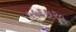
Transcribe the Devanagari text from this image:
५५६७२०